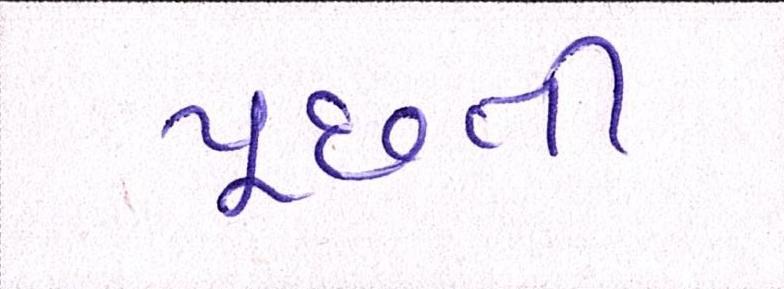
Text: પૂછતી